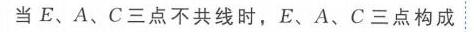
当\(E、A、C\)三点不共线时，\(E、A、C\)三点构成